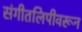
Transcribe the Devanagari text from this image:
संगीतलिपीवरून